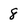
Character: 8